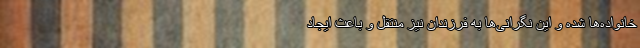
خانواده‌ها شده و این نگرانی‌ها به فرزندان نیز منتقل و باعث ایجاد